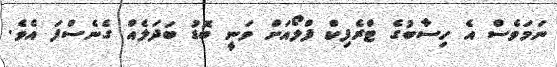
ނަމަވެސް އެ ހިސާބުގެ ޓްރެފިކް ފްލޯއަށް ވަނީ ބޮޑު ބަދަލެއް ގެނެސްފަ އެވެ.